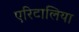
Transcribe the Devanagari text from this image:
एरिटालिया